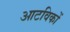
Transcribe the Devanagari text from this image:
आटविकों